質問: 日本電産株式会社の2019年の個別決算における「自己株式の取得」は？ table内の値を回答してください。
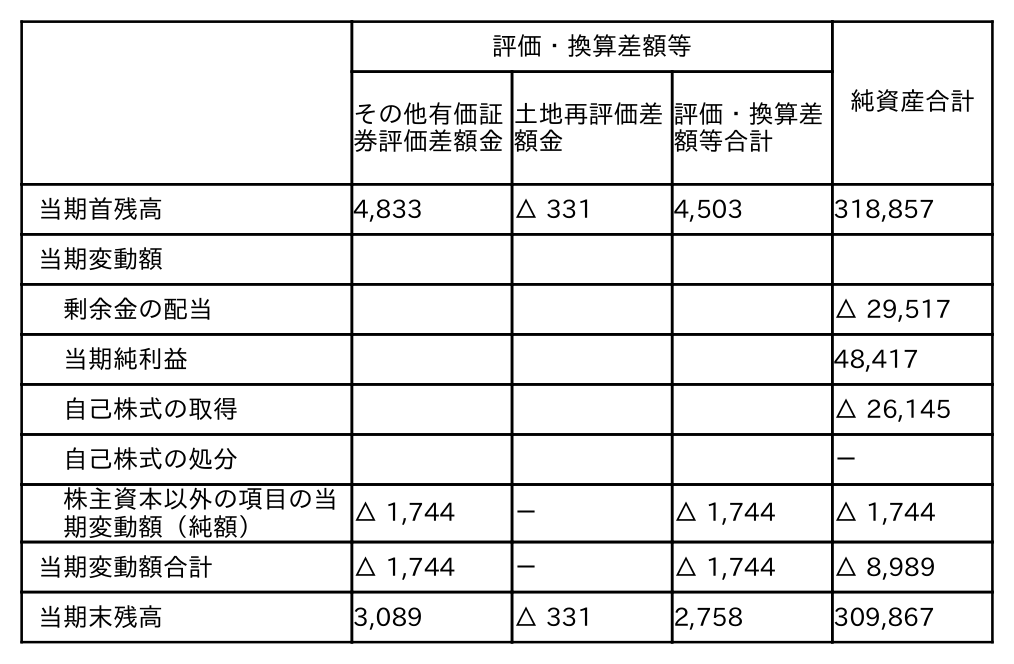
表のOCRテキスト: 評価・換算差額等 純資産合計 その他有価証 券評価差額金 土地再評価差 額金 評価・換算差 額等合計 当期首残高 4,833 △ 331 4,503 318,857 当期変動額 剰余金の配当 △ 29,517 当期純利益 48,417 自己株式の取得 △ 26,145 自己株式の処分 － 株主資本以外の項目の当 期変動額（純額） △ 1,744 － △ 1,744 △ 1,744 当期変動額合計 △ 1,744 － △ 1,744 △ 8,989 当期末残高 3,089 △ 331 2,758 309,867
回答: △26,145